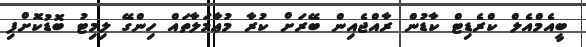
ބީއެމްއެލް ކްރެޑިޓް ކާޑުން ރާއްޖެއިން ބޭރަށް ކުރާ މުޢާމަލާތައް ހިންގޭ ލިމިޓު ބޮޑުކޮށްފި